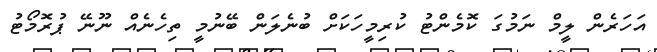
އަހަރެން ލީމް ނަމުގަ ކޮމެންޓު ކުރިމީހަކަށް ބުނެލަން ބޭނުމީ ތިހެނެއް ނޫނޭ ޕުރޮމޯޓު